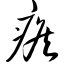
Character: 瘊